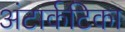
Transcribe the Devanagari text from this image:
अंटार्कटिका